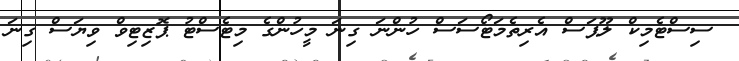
ސިސްޓެމިކް ލޫޕަސް އެރިތެމަޓޯސަސް ހުންނަ ގިނަ މީހުންގެ މިޓެސްޓު ޕޮޒިޓިވް ވިޔަސް ގިނަ